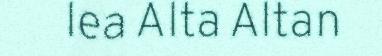
lea Alta Altan